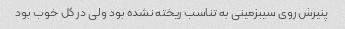
پنیرش روی سیبزمینی به تناسب ریخته نشده بود ولی در کل خوب بود